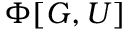
\Phi [ G , U ]